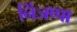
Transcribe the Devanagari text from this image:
निंजप्पा